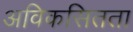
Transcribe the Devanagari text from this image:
अविकसितता